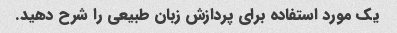
یک مورد استفاده برای پردازش زبان طبیعی را شرح دهید.